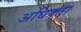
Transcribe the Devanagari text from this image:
अधिक्ता